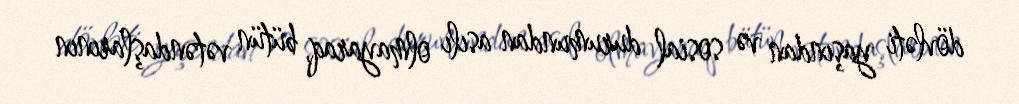
dövləti yaşından və sosial durumundan asılı olmayaraq, bütün vətəndaşlarının